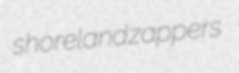
shoreland zappers